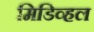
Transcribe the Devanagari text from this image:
मिडिव्हल